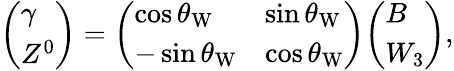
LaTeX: {\left(\begin{array}{l}{\gamma}\\ {Z^{0}}\end{array}\right)}={\left(\begin{array}{ll}{\cos\theta_{\mathrm{W}}}&{\sin\theta_{\mathrm{W}}}\\ {-\sin\theta_{\mathrm{W}}}&{\cos\theta_{\mathrm{W}}}\end{array}\right)}{\left(\begin{array}{l}{B}\\ {W_{3}}\end{array}\right)},